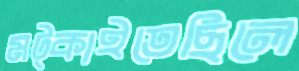
মট্‌কাইতেছিলে